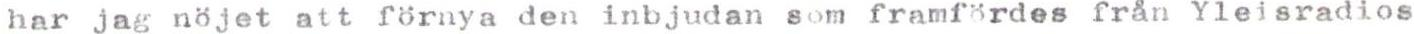
har jag nöjet att förnya den inbjudan som framfördes från Yleisradios